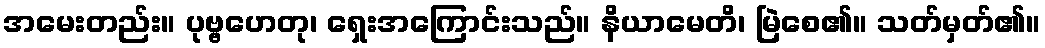
အမေးတည်း။ ပုဗ္ဗဟေတု၊ ရှေးအကြောင်းသည်။ နိယာမေတိ၊ မြဲစေ၏။ သတ်မှတ်၏။